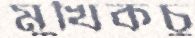
মুখিকচু